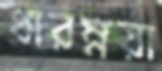
ধারম্নয়া